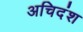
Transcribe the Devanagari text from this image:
अचिदंश